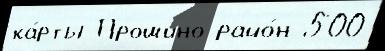
ка́рты Прошино райо́н 500